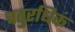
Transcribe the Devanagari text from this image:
चतुरधिकं